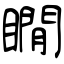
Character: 瞯